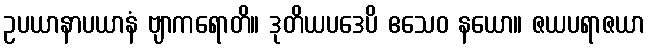
ဥပယာနာပယာနံ ဗျာကရောတိ။ ဒုတိယပဒေပိ ဧသေဝ နယော။ ဇယပရာဇယာ